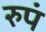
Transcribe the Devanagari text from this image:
रुपं